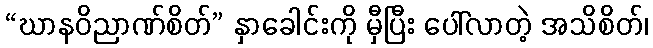
“ဃာနဝိညာဏ်စိတ်” နှာခေါင်းကို မှီပြီး ပေါ်လာတဲ့ အသိစိတ်၊